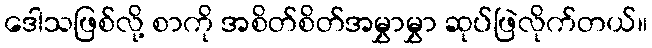
ဒေါသဖြစ်လို့ စာကို အစိတ်စိတ်အမွှာမွှာ ဆုပ်ဖြဲလိုက်တယ်။